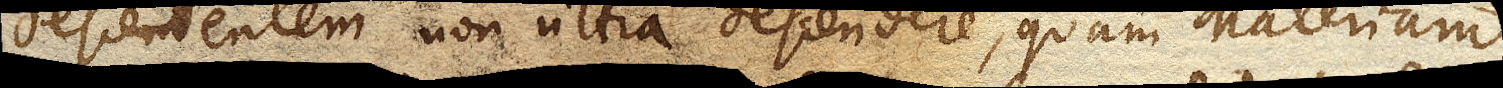
descendentem non ultra descendere, quam Materiam